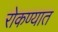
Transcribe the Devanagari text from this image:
रोकण्यात